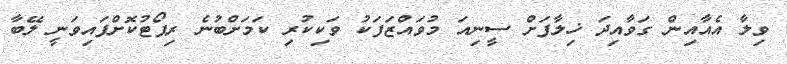
ވިލާ އެއާއިން ގަވާއިދަ ޚިލާފަށް ސީނިއަ މުވައްޒަފަކު ވަކިކުރި ކަމަށްބުނެ ރިޕޯޓުކޮށްފައިވަނީ ލޭބާ